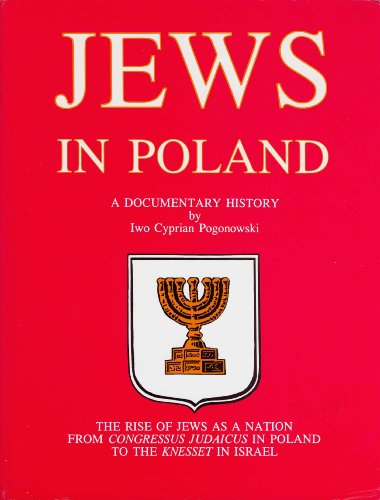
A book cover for Jews in Poland: A Documentary History : The Rise of Jews As a Nation from Congressus Judaicus in Poland to the Knesset in Israel; Iwo Cyprian Pogonowski; Travel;